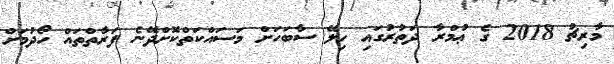
މާރިޗު 2018 ގެ ޢުމްރާ ދަތުރުގައި ހިލޭ ސާބަހަށް މަސައްކަތްކޮށްދޭނެ ފަރާތްތައް ހޯދުމަށް